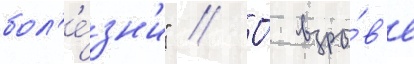
бол'е́зн'и" // О́ взры́в'е